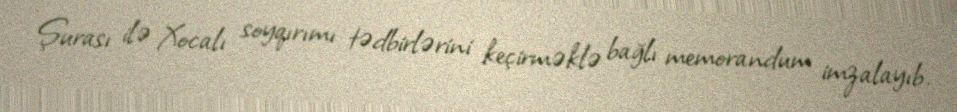
Şurası ilə Xocalı soyqırımı tədbirlərini keçirməklə bağlı memorandum imzalayıb.